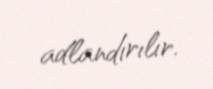
adlandırılır.